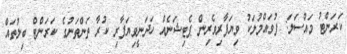
ކަރަންޓު މައްސަލަ: ފުވައްމުލަކު ވިޔަފާރިވެރިން ޕެޓިޝަނެއް ހަދަނީވިޔަފާރި ކުރާ ތަންތަނުގެ ކަރަންޓް ބިލުތައް